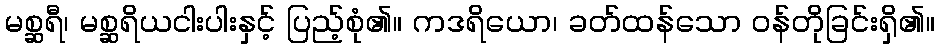
မစ္ဆရီ၊ မစ္ဆရိယငါးပါးနှင့် ပြည့်စုံ၏။ ကဒရိယော၊ ခတ်ထန်သော ဝန်တိုခြင်းရှိ၏။